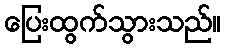
ပြေးထွက်သွားသည်။